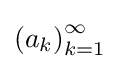
{\textstyle {(a_{k})}_{k=1}^{\infty }}